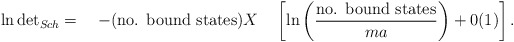
\begin{align*}\ln \mbox{det}_{{Sch}} = \quad - (\mbox {no. bound states}) X \quad \left[\ln \left( \displaystyle\frac{\mbox {no. bound states}}{ma} \right) + 0(1) \right].\end{align*}